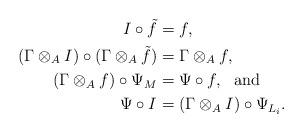
LaTeX: \begin{align*} I\circ \tilde{f} &= f, \\ (\Gamma\otimes_A I) \circ (\Gamma\otimes_A \tilde{f}) &= \Gamma\otimes_A f, \\ (\Gamma\otimes_A f) \circ \Psi_M &= \Psi\circ f, \mbox{\ \ and} \\ \Psi\circ I &= (\Gamma\otimes_A I) \circ \Psi_{L_i}.\end{align*}